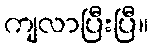
ကျလာပြီးပြီ။